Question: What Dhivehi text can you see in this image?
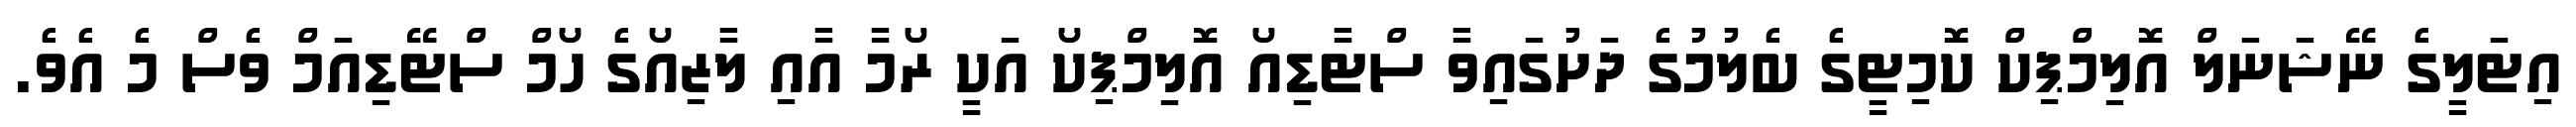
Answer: އިޓަލީގެ ނޭޝަނަލް އޮލިމްޕިކް ކޮމިޓީގެ ބެލުމުގެ ދަށުގައިވާ ސްޓާޑިއޯ އޮލިމްޕިކޯ އަކީ ރޯމާ އާއި ލާޒިއޯގެ ހޯމް ސްޓޭޑިއަމް ވެސް މެ އެވެ.